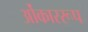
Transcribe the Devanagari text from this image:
ओंकाररूप